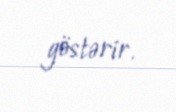
göstərir.